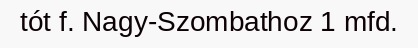
tót f. Nagy-Szombathoz 1 mfd.